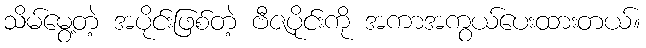
သိမ်မွေ့တဲ့ အပိုင်းဖြစ်တဲ့ ဗီဇပိုင်းကို အကာအကွယ်ပေးထားတယ်။